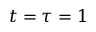
t = \tau = 1